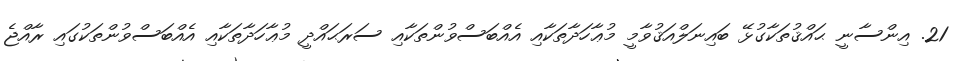
21. އިންސާނީ ޙައްޤުތަކާގުޅޭ ބައިނަލްއަޤުވާމީ މުޢާހަދާތަކާއި އެއްބަސްވުންތަކާއި ސަރަޙައްދީ މުޢާހަދާތަކާއި އެއްބަސްވުންތަކުގައި ރާއްޖެ